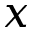
x